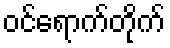
ဝင်ရောက်တိုက်